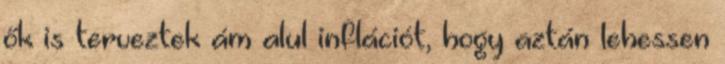
ők is terveztek ám alul inflációt, hogy aztán lehessen